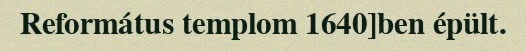
Református templom 1640]ben épült.